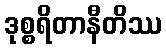
ဒုစ္စရိတာနီတိဿ